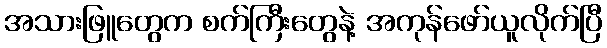
အသားဖြူတွေက စက်ကြီးတွေနဲ့ အကုန်ဖော်ယူလိုက်ပြီ